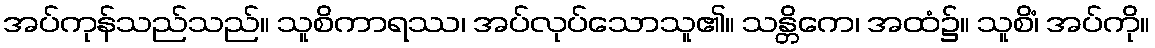
အပ်ကုန်သည်သည်။ သူစိကာရဿ၊ အပ်လုပ်သောသူ၏။ သန္တိကေ၊ အထံ၌။ သူစိံ၊ အပ်ကို။